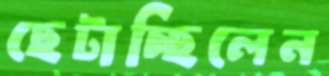
ছেটাচ্ছিলেন